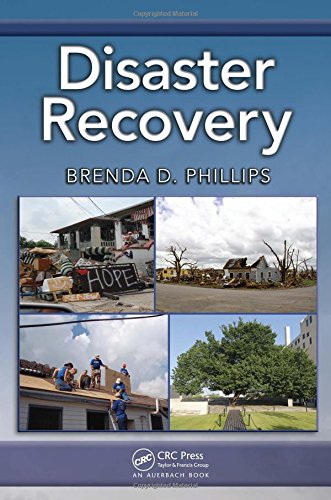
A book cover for Disaster Recovery; Brenda  D. Phillips; Science & Math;